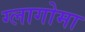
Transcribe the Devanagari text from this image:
ग्लागोमा